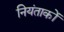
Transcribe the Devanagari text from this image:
नियंताकों